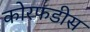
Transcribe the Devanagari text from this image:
कोरफडीस